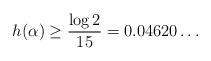
LaTeX: \begin{align*} h(\alpha)\geq \frac{\log 2}{15} = 0.04620\ldots\end{align*}